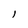
Character: l